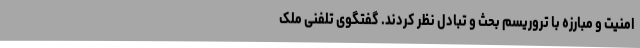
امنیت و مبارزه با تروریسم بحث و تبادل نظر کردند. گفتگوی تلفنی ملک